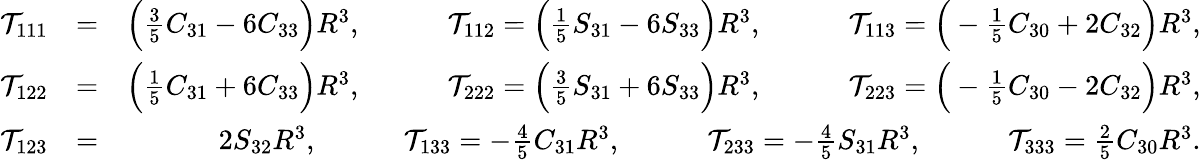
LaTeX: \begin{array}{rlr}{{\cal T}_{111}}&{=}&{\Big({\textstyle\frac{3}{5}}C_{31}-6C_{33}\Big)R^{3},\qquad\quad{\cal T}_{112}=\Big({\textstyle\frac{1}{5}}S_{31}-6S_{33}\Big)R^{3},\qquad\quad{\cal T}_{113}=\Big(-{\textstyle\frac{1}{5}}C_{30}+2C_{32}\Big)R^{3},}\\ {{\cal T}_{122}}&{=}&{\Big({\textstyle\frac{1}{5}}C_{31}+6C_{33}\Big)R^{3},\qquad\quad{\cal T}_{222}=\Big({\textstyle\frac{3}{5}}S_{31}+6S_{33}\Big)R^{3},\qquad\quad{\cal T}_{223}=\Big(-{\textstyle\frac{1}{5}}C_{30}-2C_{32}\Big)R^{3},}\\ {{\cal T}_{123}}&{=}&{2S_{32}R^{3},\qquad\quad{\cal T}_{133}=-{\textstyle\frac{4}{5}}C_{31}R^{3},\qquad\quad{\cal T}_{233}=-{\textstyle\frac{4}{5}}S_{31}R^{3},\qquad\quad{\cal T}_{333}={\textstyle\frac{2}{5}}C_{30}R^{3}.}\end{array}